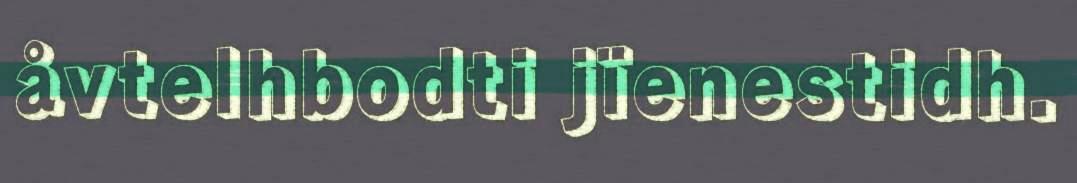
åvtelhbodti jïenestidh.